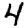
Digit: 4